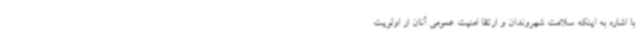
با اشاره به اینکه سلامت شهروندان و ارتقا امنیت عمومی آنان ار اولویت